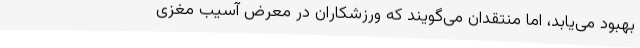
بهبود می‌یابد، اما منتقدان می‌گویند که ورزشکاران در معرض آسیب مغزی